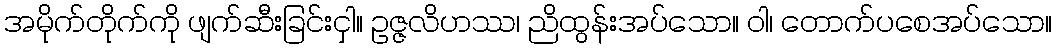
အမိုက်တိုက်ကို ဖျက်ဆီးခြင်းငှါ။ ဥဇ္ဇလိဟဿ၊ ညိထွန်းအပ်သော။ ဝါ၊ တောက်ပစေအပ်သော။